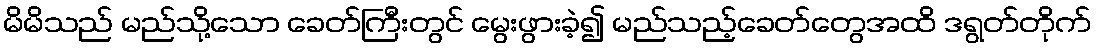
မိမိသည် မည်သို့သော ခေတ်ကြီးတွင် မွေးဖွားခဲ့၍ မည်သည့်ခေတ်တွေအထိ ဒရွတ်တိုက်